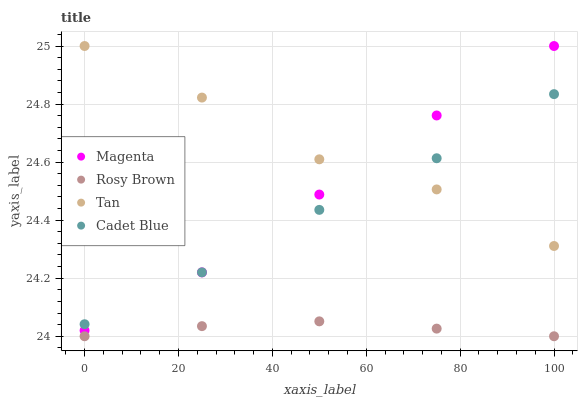
| xaxis_label | Magenta | Rosy Brown | Tan | Cadet Blue |
 | --- | --- | --- | --- | --- |
 | 0 | 24 | 24 | 25 | 24 |
 | 25 | 24.2 | 24 | 24.8 | 24.2 |
 | 50 | 24.5 | 24.1 | 24.6 | 24.4 |
 | 75 | 24.8 | 24 | 24.5 | 24.6 |
 | 100 | 25 | 24 | 24.3 | 24.8 |